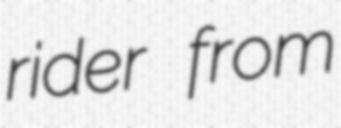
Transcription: rider from